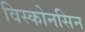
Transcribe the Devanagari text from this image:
विस्कोनसिन